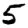
Digit: 5